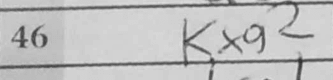
Transcription: Kxg2